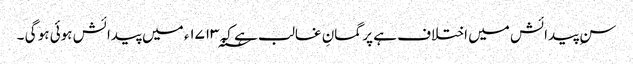
سنِ پیدائش میں اختلاف ہے پر گمانِ غالب ہے کہ ۱۷۱۳؁ء میں پیدائش ہوئی ہو گی ۔